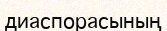
диаспорасының